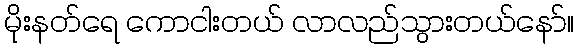
မိုးနတ်ရေ ကောငါးတယ် လာလည်သွားတယ်နော်။